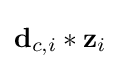
{\textstyle \mathbf {d} _{c,i}\ast \mathbf {z} _{i}}